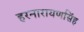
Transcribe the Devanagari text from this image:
हरनारायणसिंह